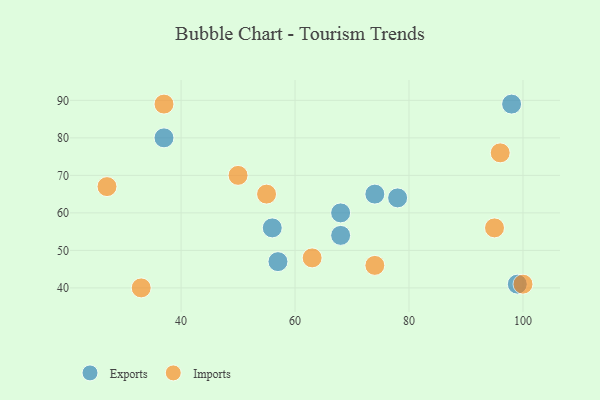
{"axis": {"x": "GDP", "y": "Life Expectancy"}, "legend": ["Exports", "Imports"], "data": [{"x": "68", "y": 54, "type": "Exports"}, {"x": "68", "y": 60, "type": "Exports"}, {"x": "56", "y": 56, "type": "Exports"}, {"x": "78", "y": 64, "type": "Exports"}, {"x": "99", "y": 41, "type": "Exports"}, {"x": "57", "y": 47, "type": "Exports"}, {"x": "74", "y": 65, "type": "Exports"}, {"x": "37", "y": 80, "type": "Exports"}, {"x": "98", "y": 89, "type": "Exports"}, {"x": "63", "y": 48, "type": "Imports"}, {"x": "95", "y": 56, "type": "Imports"}, {"x": "55", "y": 65, "type": "Imports"}, {"x": "96", "y": 76, "type": "Imports"}, {"x": "100", "y": 41, "type": "Imports"}, {"x": "27", "y": 67, "type": "Imports"}, {"x": "74", "y": 46, "type": "Imports"}, {"x": "37", "y": 89, "type": "Imports"}, {"x": "50", "y": 70, "type": "Imports"}, {"x": "33", "y": 40, "type": "Imports"}]}